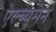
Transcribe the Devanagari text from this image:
ऐल्ब्युमेन